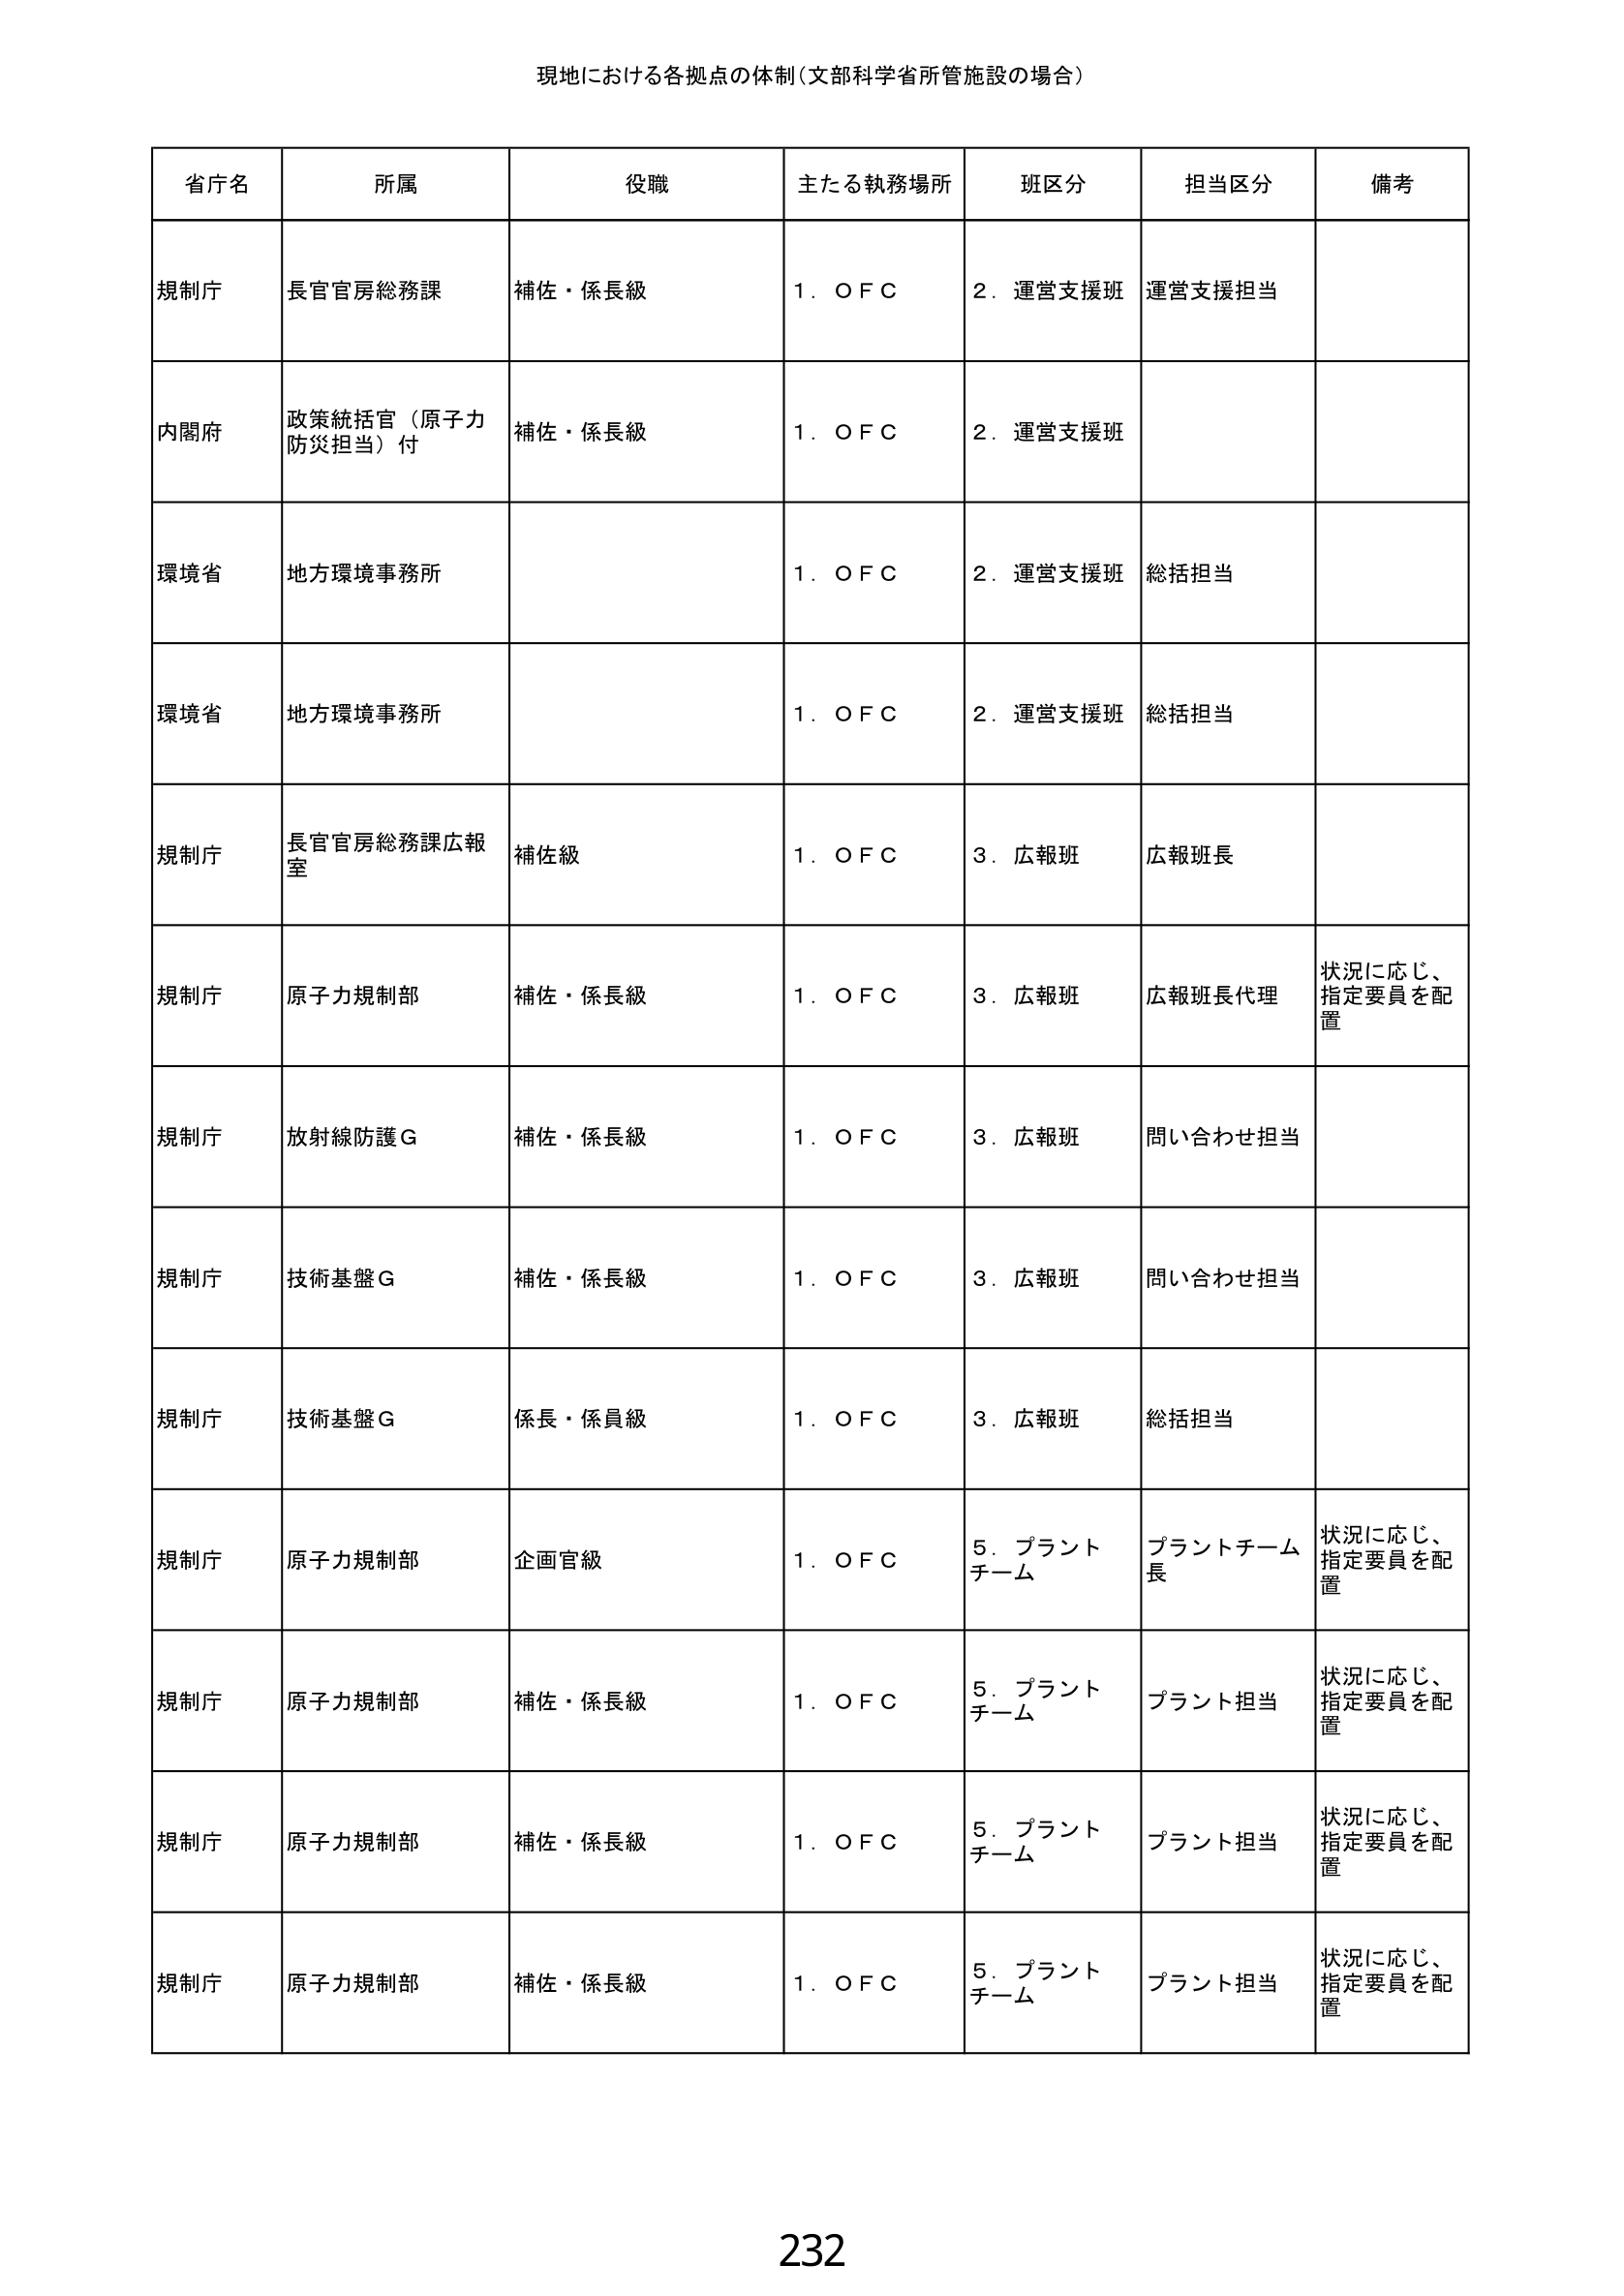
現地における各拠点の体制（文部科学省所管施設の場合）

省庁名	所属	役職	主たる執務場所	班区分	担当区分	備考
規制庁	長官官房総務課	補佐・係長級	1．ＯＦＣ	2．運営支援班	運営支援担当
内閣府	政策統括官（原子力防災担当）付	補佐・係長級	1．ＯＦＣ	2．運営支援班
環境省	地方環境事務所		1．ＯＦＣ	2．運営支援班	総括担当
環境省	地方環境事務所		1．ＯＦＣ	2．運営支援班	総括担当
規制庁	長官官房総務課広報室	補佐級	1．ＯＦＣ	3．広報班	広報班長
規制庁	原子力規制部	補佐・係長級	1．ＯＦＣ	3．広報班	広報班長代理	状況に応じ、指定要員を配置
規制庁	放射線防護Ｇ	補佐・係長級	1．ＯＦＣ	3．広報班	問い合わせ担当
規制庁	技術基盤Ｇ	補佐・係長級	1．ＯＦＣ	3．広報班	問い合わせ担当
規制庁	技術基盤Ｇ	係長・係員級	1．ＯＦＣ	3．広報班	総括担当
規制庁	原子力規制部	企画官級	1．ＯＦＣ	5．プラントチーム	プラントチーム長	状況に応じ、指定要員を配置
規制庁	原子力規制部	補佐・係長級	1．ＯＦＣ	5．プラントチーム	プラント担当	状況に応じ、指定要員を配置
規制庁	原子力規制部	補佐・係長級	1．ＯＦＣ	5．プラントチーム	プラント担当	状況に応じ、指定要員を配置
規制庁	原子力規制部	補佐・係長級	1．ＯＦＣ	5．プラントチーム	プラント担当	状況に応じ、指定要員を配置

232